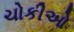
ચોકીઓ